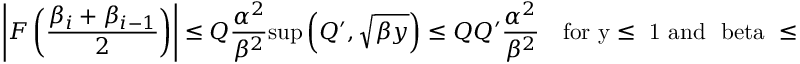
\left| { \cal F } \left( \frac { \beta _ { i } + \beta _ { i - 1 } } { 2 } \right) \right| \leq { \cal Q } \frac { \alpha ^ { 2 } } { \beta ^ { 2 } } \mathrm { s u p } \left( { \cal Q ^ { \prime } } , \sqrt { \beta y } \right) \leq { \cal Q } { \cal Q ^ { \prime } } \frac { \alpha ^ { 2 } } { \beta ^ { 2 } } \quad \mathrm { f o r ~ y \leq ~ 1 ~ a n d ~ \ b e t a ~ \leq ~ 1 ~ } .